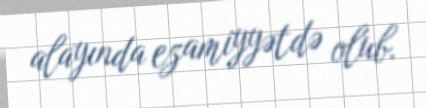
alayında ezamiyyətdə olub.